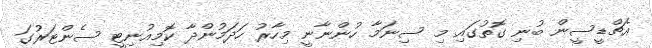
އެޗްޑީސީން ބުނި ގޮތުގައި މި ސިނަމާ ހުންނާނީ މިހާރު ހަދަމުންދާ ކޮމިއުނިޓީ ސެންޓަރުގަ